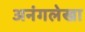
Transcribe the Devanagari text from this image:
अनंगलेखा